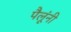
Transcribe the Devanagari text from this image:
पैलूंनी